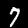
Label: 7